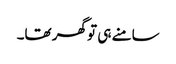
سامنے ہی تو گھر تھا۔